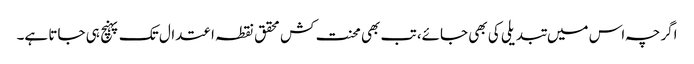
اگرچہ اس میں تبدیلی کی بھی جائے، تب بھی محنت کش محقق نقطہ اعتدال تک پہنچ ہی جاتا ہے۔